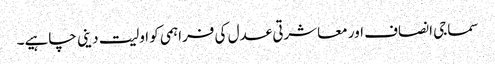
سماجی انصاف اور معاشرتی عدل کی فراہمی کو اولیت دینی چاہیے۔